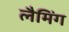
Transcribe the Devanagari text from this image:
लैमिंग